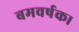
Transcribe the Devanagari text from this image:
बमवर्षक।